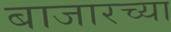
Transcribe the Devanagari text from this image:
बाजारच्या